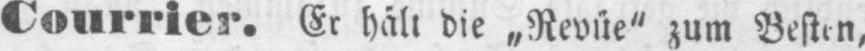
Courrier. Er hält die „Revüe“ zum Besten,